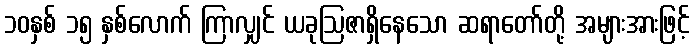
၁၀နှစ် ၁၅ နှစ်လောက် ကြာလျှင် ယခုဩဇာရှိနေသော ဆရာတော်တို့ အများအားဖြင့်